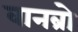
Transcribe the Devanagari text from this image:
वानब्रो